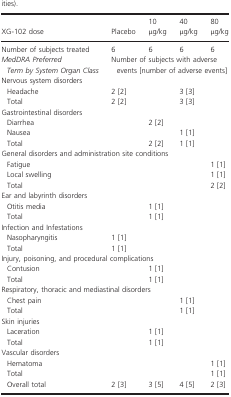
<table><thead><tr><td><b>XG-102 dose</b></td><td><b>Placebo</b></td><td><b>10 μg/kg</b></td><td><b>40 μg/kg</b></td><td><b>80 μg/kg</b></td></tr></thead><tbody><tr><td>Number of subjects treated</td><td>6</td><td>6</td><td>6</td><td>6</td></tr><tr><td><i>MedDRA Preferred Term by System Organ Class</i></td><td colspan="4">Number of subjects with adverse events [number of adverse events]</td></tr><tr><td colspan="5">Nervous system disorders</td></tr><tr><td> Headache</td><td>2 [2]</td><td></td><td>3 [3]</td><td></td></tr><tr><td> Total</td><td>2 [2]</td><td></td><td>3 [3]</td><td></td></tr><tr><td colspan="5">Gastrointestinal disorders</td></tr><tr><td> Diarrhea</td><td></td><td>2 [2]</td><td></td><td></td></tr><tr><td> Nausea</td><td></td><td></td><td>1 [1]</td><td></td></tr><tr><td> Total</td><td></td><td>2 [2]</td><td>1 [1]</td><td></td></tr><tr><td colspan="5">General disorders and administration site conditions</td></tr><tr><td> Fatigue</td><td></td><td></td><td></td><td>1 [1]</td></tr><tr><td> Local swelling</td><td></td><td></td><td></td><td>1 [1]</td></tr><tr><td> Total</td><td></td><td></td><td></td><td>2 [2]</td></tr><tr><td colspan="5">Ear and labyrinth disorders</td></tr><tr><td> Otitis media</td><td></td><td>1 [1]</td><td></td><td></td></tr><tr><td> Total</td><td></td><td>1 [1]</td><td></td><td></td></tr><tr><td colspan="5">Infection and Infestations</td></tr><tr><td> Nasopharyngitis</td><td>1 [1]</td><td></td><td></td><td></td></tr><tr><td> Total</td><td>1 [1]</td><td></td><td></td><td></td></tr><tr><td colspan="5">Injury, poisoning, and procedural complications</td></tr><tr><td> Contusion</td><td></td><td>1 [1]</td><td></td><td></td></tr><tr><td> Total</td><td></td><td>1 [1]</td><td></td><td></td></tr><tr><td colspan="5">Respiratory, thoracic and mediastinal disorders</td></tr><tr><td> Chest pain</td><td></td><td></td><td>1 [1]</td><td></td></tr><tr><td> Total</td><td></td><td></td><td>1 [1]</td><td></td></tr><tr><td colspan="5">Skin injuries</td></tr><tr><td> Laceration</td><td></td><td>1 [1]</td><td></td><td></td></tr><tr><td> Total</td><td></td><td>1 [1]</td><td></td><td></td></tr><tr><td colspan="5">Vascular disorders</td></tr><tr><td> Hematoma</td><td></td><td></td><td></td><td>1 [1]</td></tr><tr><td> Total</td><td></td><td></td><td></td><td>1 [1]</td></tr><tr><td> Overall total</td><td>2 [3]</td><td>3 [5]</td><td>4 [5]</td><td>2 [3]</td></tr></tbody></table>